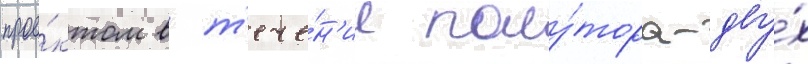
прое́ктом в т'ече́н'ие полу́тора-дву́х